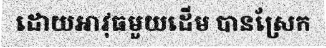
ដោយអាវុធមួយដើម បានស្រែក